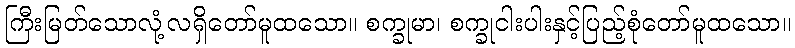
ကြီးမြတ်သောလုံ့လရှိတော်မူထသော။ စက္ခုမာ၊ စက္ခုငါးပါးနှင့်ပြည့်စုံတော်မူထသော။